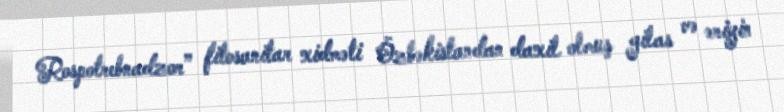
Rospotrebnadzor” fitosanitar xidməti Özbəkistandan daxil olmuş gilas və əriyin